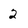
Character: 2